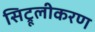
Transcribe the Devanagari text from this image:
सिट्रूलीकरण